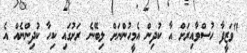
"ވަޒީފާ ހުސްވާއިރަށް އާ ކުދިން އެމީހުންނަށް ލިބޭނެ ރަށުގައި ކިހާ ކުދިންނެއް އެ